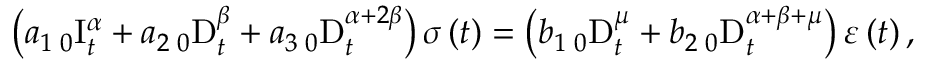
\left( a _ { 1 } \, _ { 0 } \mathrm { I } _ { t } ^ { \alpha } + a _ { 2 } \, _ { 0 } \mathrm { D } _ { t } ^ { \beta } + a _ { 3 } \, _ { 0 } \mathrm { D } _ { t } ^ { \alpha + 2 \beta } \right) \sigma \left( t \right) = \left( b _ { 1 } \, _ { 0 } \mathrm { D } _ { t } ^ { \mu } + b _ { 2 } \, _ { 0 } \mathrm { D } _ { t } ^ { \alpha + \beta + \mu } \right) \varepsilon \left( t \right) ,